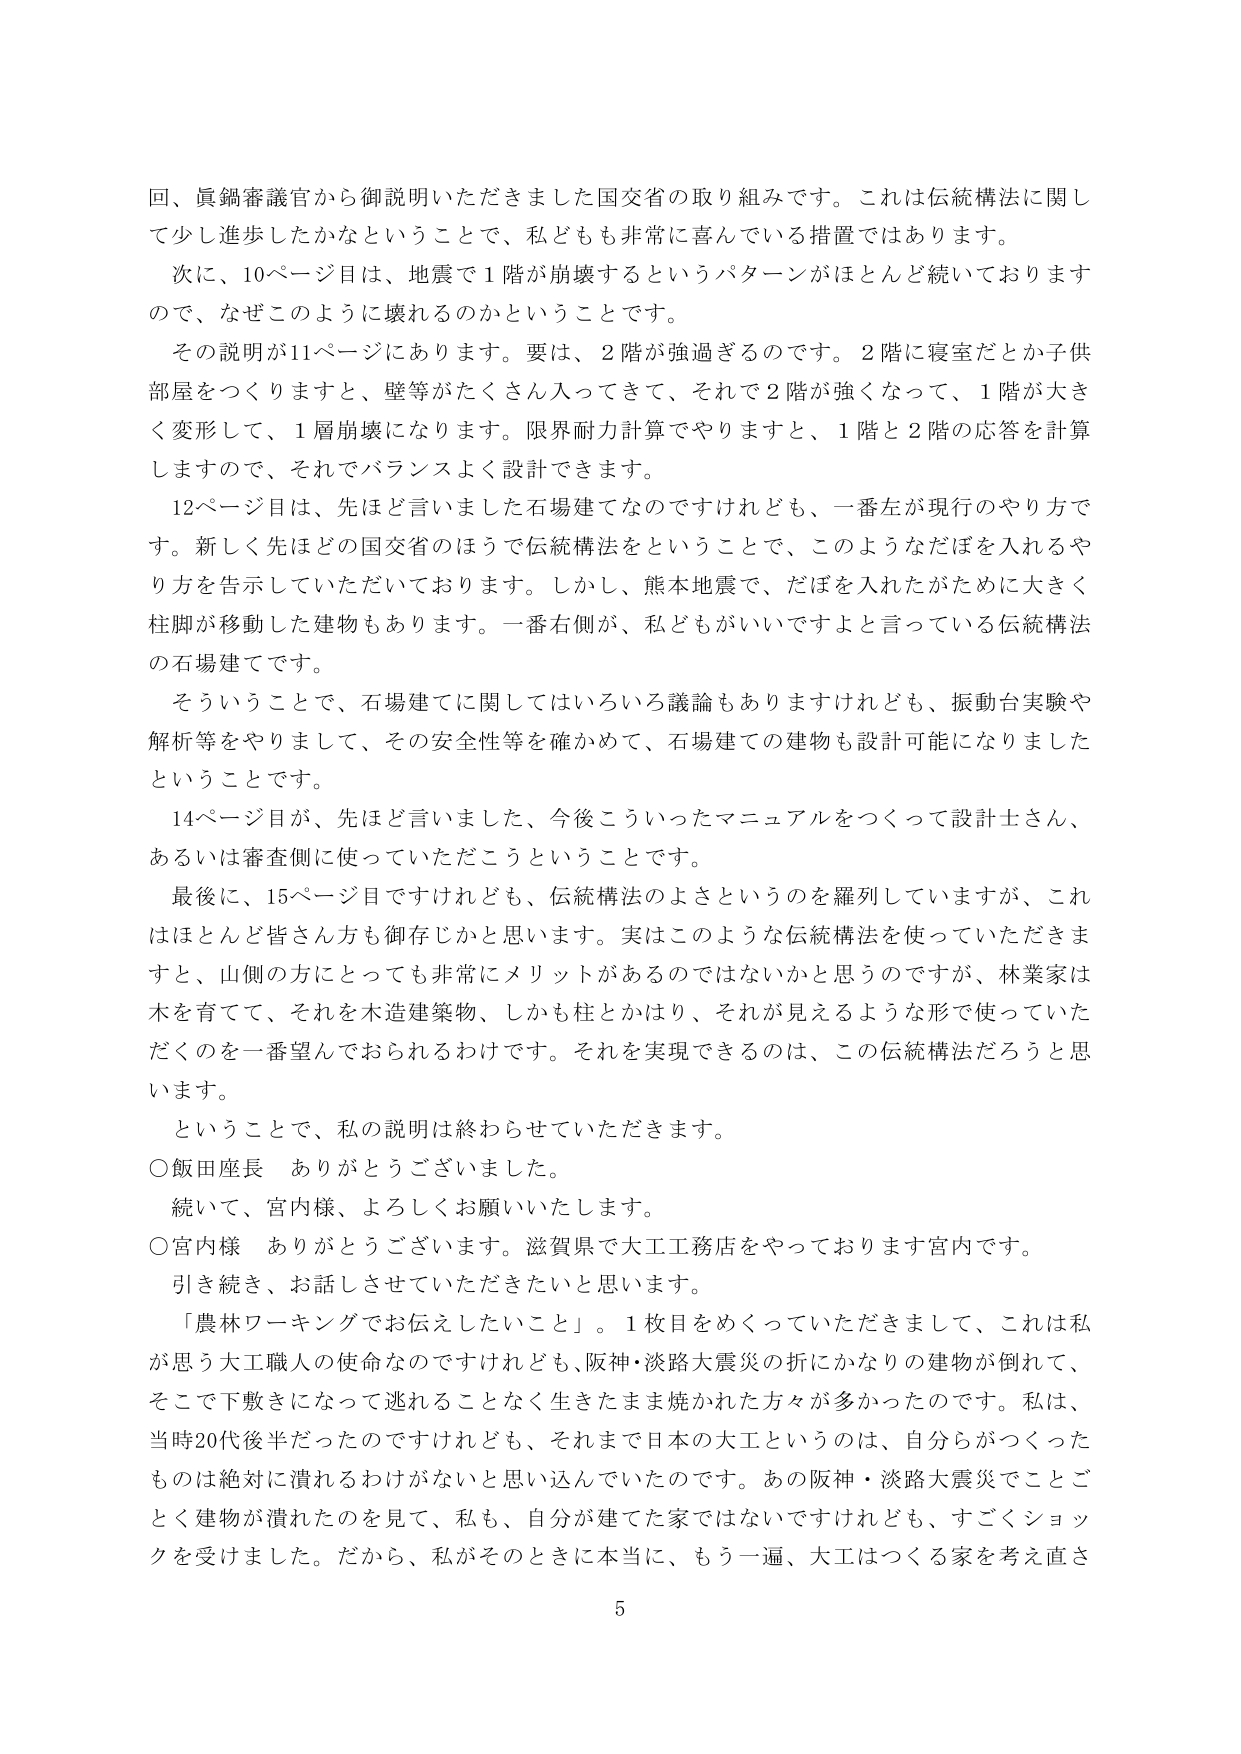
回、眞鍋審議官から御説明いただきました国交省の取り組みです。これは伝統構法に関して少し進歩したかなということで、私どもも非常に喜んでいる措置ではあります。

次に、10ページ目は、地震で1階が崩壊するというパターンがほとんど続いておりますので、なぜこのように壊れるのかということです。

その説明が11ページにあります。要は、2階が強過ぎるのです。2階に寝室だとか子供部屋をつくりますと、壁等がたくさん入ってきて、それで2階が強くなって、1階が大きく変形して、1層崩壊になります。限界耐力計算でやりますと、1階と2階の応答を計算しますので、それでバランスよく設計できます。

12ページ目は、先ほど言いました石場建てなのですがけれども、一番左が現行のやり方です。新しく先ほどの国交省のほうで伝統構法をということで、このようなだぼを入れるやり方を告示していただいております。しかし、熊本地震で、だぼを入れたがために大きく柱脚が移動した建物もあります。一番右側が、私どもがいいですよと言っている伝統構法の石場建てです。

そういうことで、石場建てに関してはいろいろ議論もありますけれども、振動台実験や解析等をやりまして、その安全性等を確かめて、石場建ての建物も設計可能になりましたということです。

14ページ目が、先ほど言いました、今後こういったマニュアルをつくって設計士さん、あるいは審査側に使っていただきたいということです。

最後に、15ページ目ですけれども、伝統構法のよさというのを羅列していますが、これはほとんど皆さん方も御存じかと思います。実はこのような伝統構法を使っていただきますと、山側の方にとっても非常にメリットがあるのではないかと思うのですが、林業家は木を育てて、それを木造建築物、しかも柱とかはり、それが見えるような形で使っていただくのを一番望んでおられるわけです。それを実現できるのは、この伝統構法だろうと思います。

ということで、私の説明は終わらせていただきます。

○飯田座長　ありがとうございました。

続いて、宮内様、よろしくお願いいたします。

○宮内様　ありがとうございます。滋賀県で大工工務店をやっております宮内です。

引き続き、お話しさせていただきたいと思います。

「農林ワーキングでお伝えしたいこと」。1枚目をめくっていただきまして、これは私が思う大工職人の使命なのですがけれども、阪神・淡路大震災の折にかなりの建物が倒れて、そこで下敷きになって逃れることなく生きたまま焼かれた方々が多かったのです。私は、当時20代後半だったのですがけれども、それまで日本の大工というのは、自分らがつくったものは絶対に潰れるわけがないと思い込んでいたのです。あの阪神・淡路大震災でことごとく建物が潰れたのを見て、私も、自分が建てた家ではないですけれども、すごくショックを受けました。だから、私がそのときに本当に、もう一遍、大工はつくる家を考え直さ

5